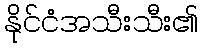
နိုင်ငံအသီးသီး၏